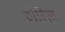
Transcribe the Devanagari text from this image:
ठोरिएस